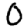
Digit: 0